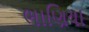
ભાણિયા